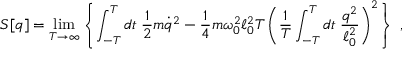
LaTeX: S [ q ] = \operatorname * { l i m } _ { T \rightarrow \infty } \left\{ \int _ { - T } ^ { T } d t \; \frac 1 2 m \dot { q } ^ { 2 } - \frac 1 4 m \omega _ { 0 } ^ { 2 } \ell _ { 0 } ^ { 2 } T \left( { \frac { 1 } { T } } \int _ { - T } ^ { T } d t \; { \frac { q ^ { 2 } } { \ell _ { 0 } ^ { 2 } } } \right) ^ { 2 } \right\} \; ,